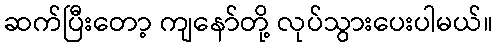
ဆက်ပြီးတော့ ကျနော်တို့ လုပ်သွားပေးပါမယ်။